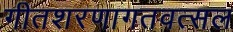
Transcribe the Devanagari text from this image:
गीतशरणागतवत्सल